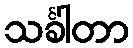
သင်္ခါတာ